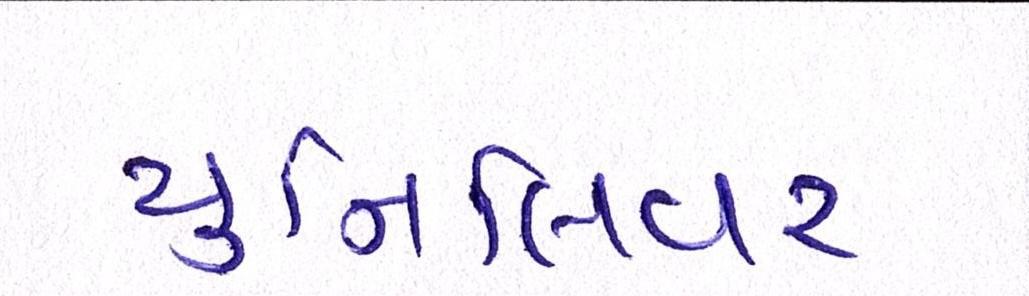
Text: યુનિલિવર